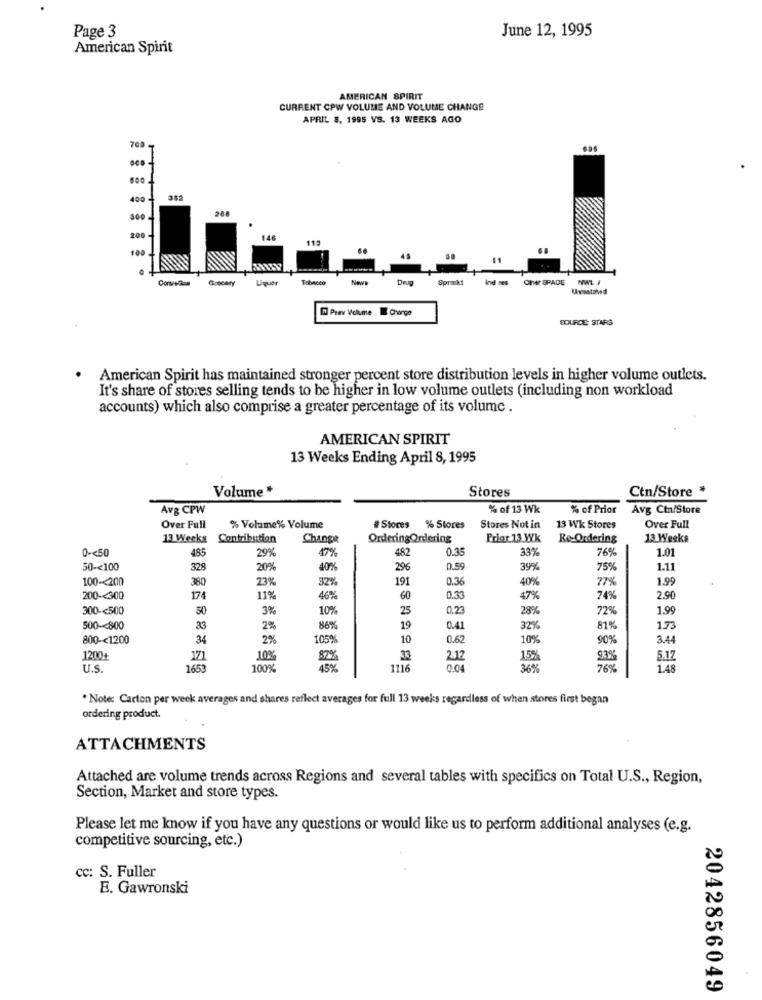
June 12, 1995
Page 3
American Spirit
AMERICAN SPIRIT
CURRENT CPW VOLUME AND VOLUME CHANGE
APRIL 8, 1995 VS. 13 WEEKS AGO
sas
400
288
300
200 -
1.46
115
100
Conuncion
Grocery
Liquer
Tabaco
News
Sprmnkt
Ind nes
One SPADE
Uvaatshed
Prev Volume Charge
SOURCE: STARS
· American Spirit has maintained stronger percent store distribution levels in higher volume outlets.
It's share of stores selling tends to be higher in low volume outlets (including non workload
accounts) which also comprise a greater percentage of its volume .
AMERICAN SPIRIT
13 Weeks Ending April 8, 1995
Volume *
Stores
Ctn/Store *
Avg CPW
% of 13 Wk
% of Prior
Avg Ct/Store
Over Full
% Volume% Volume
#Stores % Stores
Stores Not in
13 Wk Stores
Over Full
13 Weeks Contribution
Change
OrderingOrdering
Prior 13 Wk
Re-Ordering
13 Weeks
0 -< 50
485
29%
482
0.35
33%
76%
1.01
50 -< 100
329
20%
40%
296
0.59
39%
75%
1.11
100 -< 200
380
23%
32%
191
0.36
40%
77%
1.99
200 -< 300
174
11%
46%
60
0.33
47%
74%
2.90
300 -< 500
50
3%
10%
25
0.23
28%
72%
1.99
500 -< 800
33
2%
86%
19
0.41
32%
81%
1.73
800 -< 1200
34
2%
105%
10
0.62
10%
3.44
1200+
171
10%
82%
33
2.12
15%
93%
5.1Z
U.S.
1653
100%
45%
1116
0.04
36%
76%
1.48
. Note: Carton per week averages and shares reflect averages for full 13 weeks regardless of when stores first began
ordering product.
ATTACHMENTS
Attached are volume trends across Regions and several tables with specifics on Total U.S ., Region,
Section, Market and store types.
Please let me know if you have any questions or would like us to perform additional analyses (e.g.
competitive sourcing, etc.)
cc: S. Fuller
E. Gawronski
2042856049